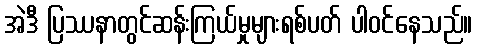
အဲဒီ ပြဿနာတွင်ဆန်းကြယ်မှုများရစ်ပတ် ပါဝင်နေသည်။